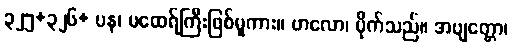
၃၂၅+၃၂၆+ ပန၊ မထေရ်ကြီးဖြစ်မူကား။ ဗာလော၊ မိုက်သည်။ အဗျတ္တော၊